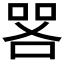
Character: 𫪟